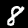
Label: 8